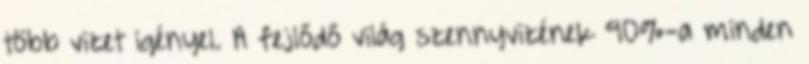
több vizet igényel. A fejlődő világ szennyvizének 90%-a minden